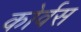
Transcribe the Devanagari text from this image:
कोर्वस